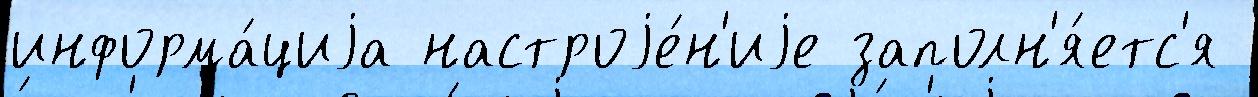
информа́циjа настроjе́н'иjе заполн'я́етс'я